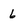
Character: 6